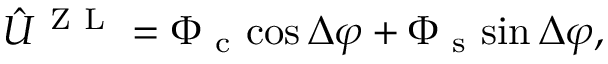
\hat { U } ^ { \mathrm { ~ Z ~ L ~ } } = \Phi _ { \mathrm { ~ c ~ } } { \cos { \Delta \varphi } } + \Phi _ { \mathrm { ~ s ~ } } { \sin { \Delta \varphi } } ,